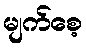
မျက်စေ့